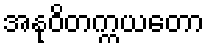
အနုဝိတက္ကယတော